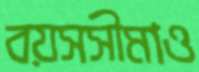
বয়সসীমাও